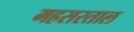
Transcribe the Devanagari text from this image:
महसरताल